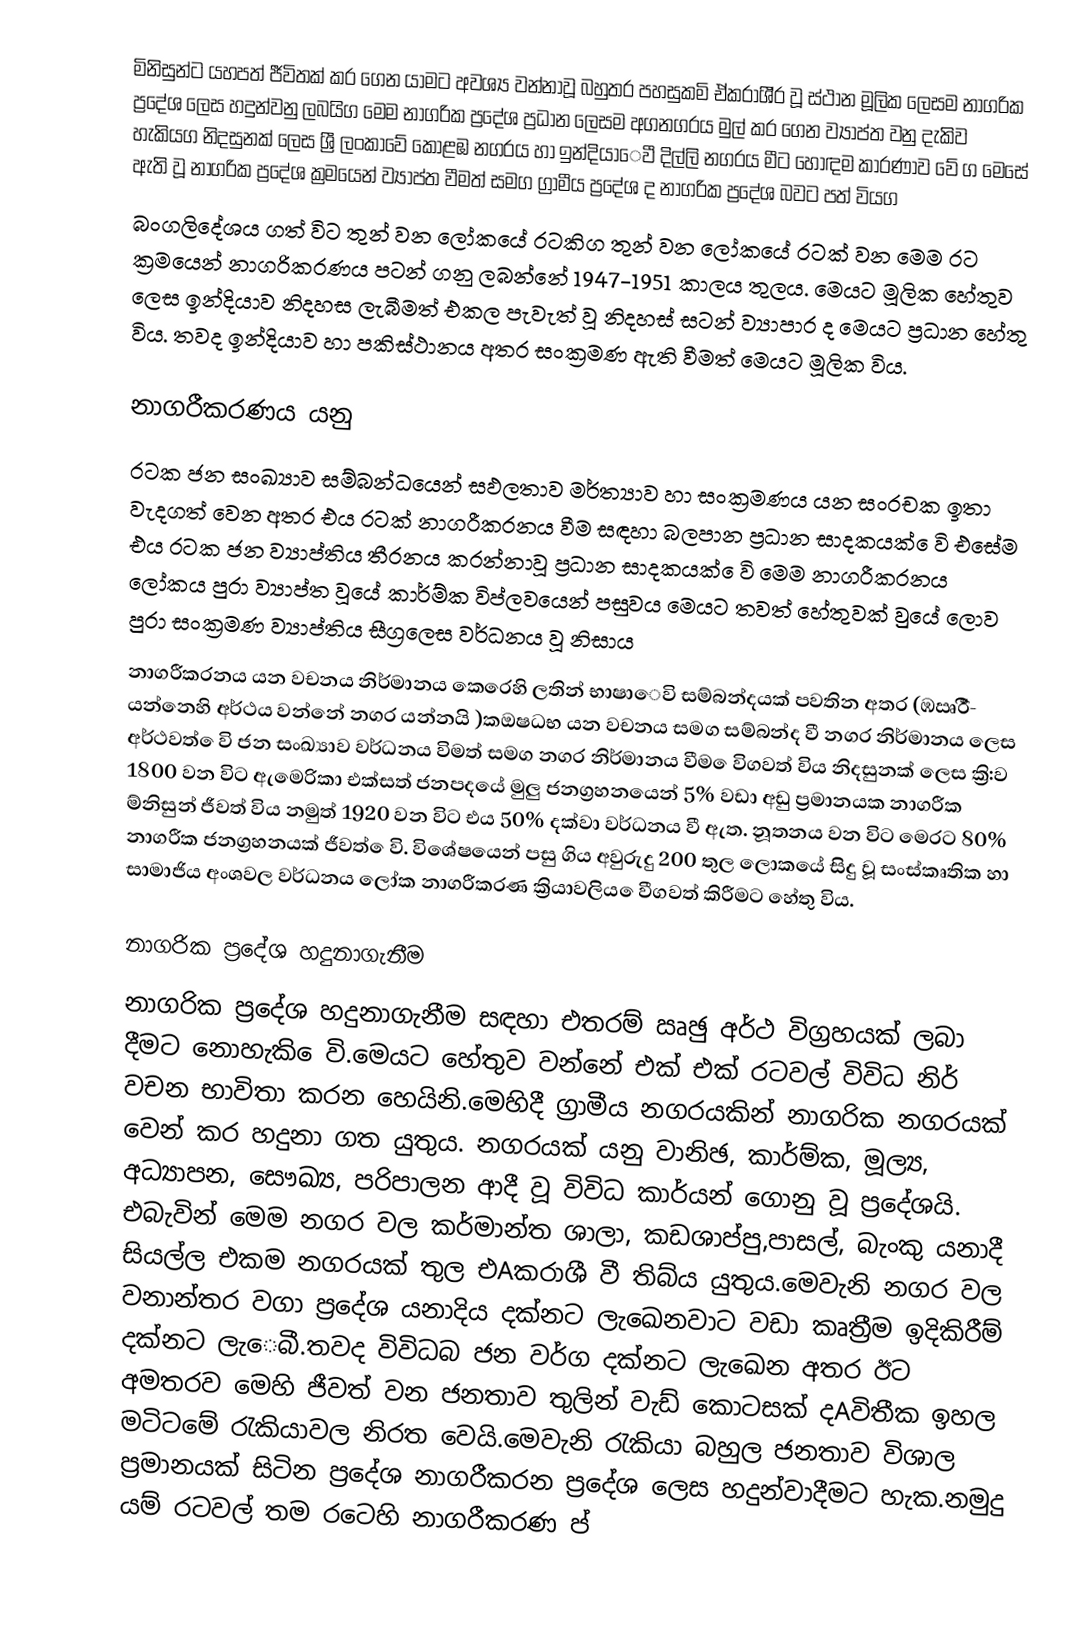
මිනිසුන්ට යහපත් ජීවිතක් කර ගෙන යාමට අවශ්‍ය වන්නාවූ බහුතර පහසුකමි ඒකරාශී්‍ර වූ ස්ථාන මූලික ලෙසම නාගරික ප්‍රදේශ ලෙස හදුන්වනු ලබයිග  මෙම නාගරික ප්‍රදේශ ප්‍රධාන ලෙසම අගනගරය මුල් කර ගෙන ව්‍යාප්ත වනු දැකිව හැකියග නිදසුනක් ලෙස ශ්‍රී ලංකාවේ කොළඹ නගරය හා ඉන්දියාෙවී දිල්ලි නගරය මීට හොඳම කාරණාව වේ ග මෙසේ ඇති වූ නාගරික ප්‍රදේශ  ක්‍රමයෙන් ව්‍යාප්ත වීමත් සමග ග්‍රාමීය ප්‍රදේශ ද නාගරික ප්‍රදේශ බවට පත් වියග
බංගලිදේශය ගත් විට තුන් වන ලෝකයේ රටකිග තුන් වන ලෝකයේ රටක් වන මෙම රට ක්‍රමයෙන් නාගරිකරණය පටන් ගනු ලබන්නේ 1947-1951 කාලය තුලය. මෙයට මූලික හේතුව ලෙස ඉන්දියාව නිදහස ලැබීමත් එකල පැවැත් වූ නිදහස් සටන් ව්‍යාපාර ද මෙයට ප්‍රධාන හේතු විය. තවද ඉන්දියාව හා පකිස්ථානය අතර සංක්‍රමණ ඇති වීමත් මෙයට මූලික විය.

නාගරීකරණය යනු
රටක ජන සංඛ්‍යාව සම්බන්ධයෙන් සඵලතාව මර්ත්‍යාව හා සංක්‍රමණය යන සංරචක ඉතා වැදගත් වෙන අතර එය රටක් නාගරීකරනය වීම සඳහා බලපාන ප්‍රධාන සාදකයක් ෙවි එසේම එය රටක ජන ව්‍යාප්තිය තීරනය කරන්නාවූ ප්‍රධාන සාදකයක් ෙවි මෙම නාගරීකරනය ලෝකය පුරා ව්‍යාප්ත වූයේ කාර්ම්ක විප්ලවයෙන් පසුවය මෙයට තවත් හේතුවක් වුයේ ලොව පුරා සංක්‍රමණ ව්‍යාප්තිය සීග්‍රලෙස  වර්ධනය වූ නිසාය
නාගරීකරනය යන වචනය නිර්මානය කෙරෙහි ලතින් භාෂාෙවි සම්බන්දයක් පවතින අතර (ඹඍඊී- යන්නෙහි අර්ථය වන්නේ නගර යන්නයි )ක‍ඔෂධභ යන වචනය සමග සම්බන්ද වී නගර නිර්මානය ලෙස අර්ථවත් ෙවි ජන සංඛ්‍යාව වර්ධනය විමත් සමග නගර නිර්මානය වීම ෙවිගවත් විය නිදසුනක් ලෙස ක්‍රි:ව 1800 වන විට ඇමෙරිකා එක්සත් ජනපදයේ මුලු ජනග්‍රහනයෙන් 5% වඩා අඩු ප්‍රමානයක නාගරීක ම්නිසුන් ජීවත් විය නමුත් 1920 වන විට එය 50% දක්වා වර්ධනය වී ඇත. නූතනය වන විට මෙරට 80% නාගරීක ජනග්‍රහනයක් ජීවත් ෙවි. විශේෂයෙන් පසු ගිය අවුරුදු 200 තුල ලොකයේ සිදු වූ සංස්කෘතික හා සාමාජිය අංශවල වර්ධනය ලෝක නාගරීකරණ ක්‍රියාවලිය ෙවීගවත් කිරීමට හේතු විය.

නාගරික ප්‍රදේශ හදුනාගැනීම
නාගරික ප්‍රදේශ හදුනාගැනීම සඳහා එතරම් ඍඡු අර්ථ විග්‍රහයක් ලබා දීමට නොහැකි ෙවි.මෙයට හේතුව වන්නේ එක් එක් රටවල් විවිධ නිර් වචන භාවිතා කරන හෙයිනි.මෙහිදී  ග්‍රාමීය නගරයකින් නාගරික නගරයක් වෙන් කර හදුනා ගත යුතුය. නගරයක් යනු වානිඡ, කාර්ම්ක, මූල්‍ය, අධ්‍යාපන, සෞඛ්‍ය, පරිපාලන ආදී වූ විවිධ කාර්යන් ගොනු වූ ප්‍රදේශයි. එබැවින් මෙම නගර වල කර්මාන්ත ශාලා, කඩශාප්පු,පාසල්, බැංකු යනාදී සියල්ල එකම නගරයක් තුල එAකරාශී වී තිබ්ය යුතුය.මෙවැනි නගර වල වනාන්තර වගා ප්‍රදේශ යනාදිය දක්නට ලැඛෙනවාට වඩා කෘත්‍රීම ඉදිකිරීම් දක්නට ලැෙබී.තවද විවිධබ ජන වර්ග දක්නට ලැඛෙන අතර ඊට අමතරව මෙහි ජීවත් වන ජනතාව තුලින් වැඩ් කොටසක් දAවිතීක ඉහල මටිටමේ රැකියාවල නිරත වෙයි.මෙවැනි රැකියා බහුල ජනතාව විශාල ප්‍රමානයක් සිටින ප්‍රදේශ නාගරීකරන ප්‍රදේශ ලෙස හදුන්වාදීමට හැක.නමුදු යම් රටවල් තම රටෙහි නාගරීකරණ ප්